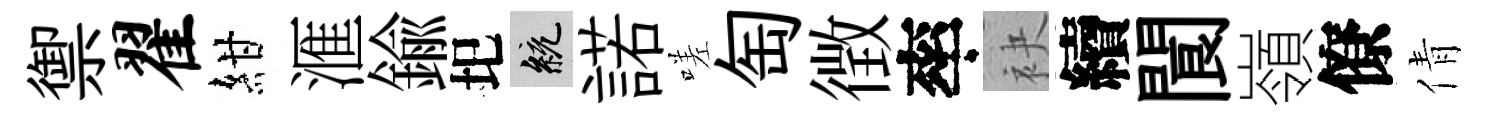
禦翟紺滙鍮圯統諾嗟匋徴率袂續閬嶺僚倩